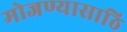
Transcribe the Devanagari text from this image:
मोजण्यासाठि